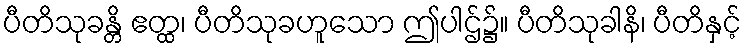
ပီတိသုခန္တိ ဧတ္ထ၊ ပီတိသုခဟူသော ဤပါဌ်၌။ ပီတိသုခါနိ၊ ပီတိနှင့်